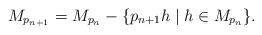
LaTeX: \begin{align*}M_{p_{n+1}}=M_{p_n}-\{p_{n+1}h\mid h\in M_{p_n}\}.\end{align*}